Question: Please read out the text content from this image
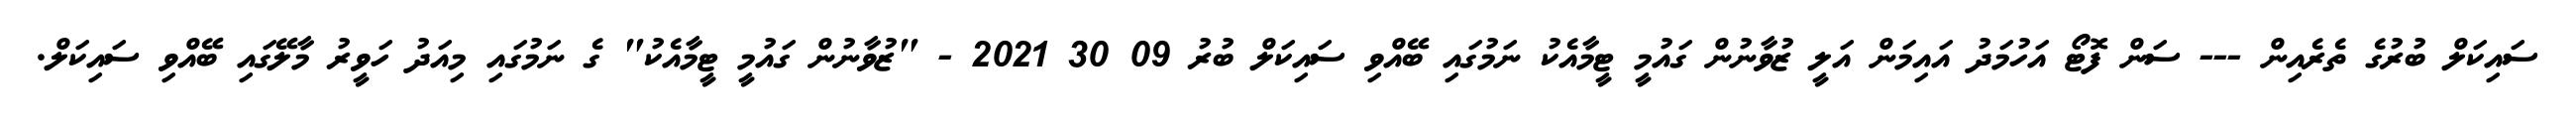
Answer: ސައިކަލް ބުރުގެ ތެރެއިން --- ސަން ފޮޓޯ އަހުމަދު އައިމަން އަލީ ޒުވާނުން ގައުމީ ޓީމާއެކު ނަމުގައި ބޭއްވި ސައިކަލް ބުރު 09 30 2021 - "ޒުވާނުން ގައުމީ ޓީމާއެކު" ގެ ނަމުގައި މިއަދު ހަވީރު މާލޭގައި ބޭއްވި ސައިކަލް.